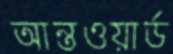
আন্তওয়ার্ড